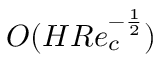
O ( H R e _ { c } ^ { - \frac { 1 } { 2 } } )